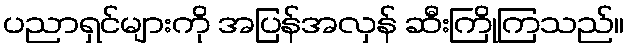
ပညာရှင်များကို အပြန်အလှန် ဆီးကြိုကြသည်။